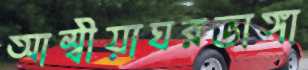
আম্বীয়াঘরভাঙ্গা